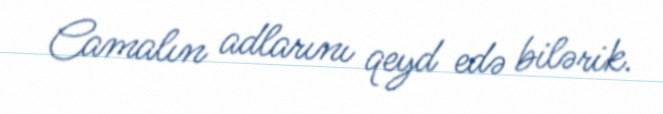
Camalın adlarını qeyd edə bilərik.